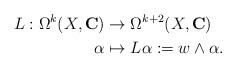
LaTeX: \begin{align*}L:\Omega^k(X,\mathbf{C})&\rightarrow\Omega^{k+2}(X,\mathbf{C})\\\alpha&\mapsto L\alpha:=w\wedge\alpha.\end{align*}